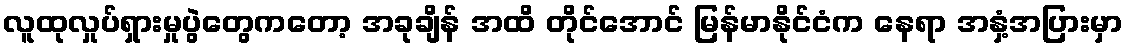
လူထုလှုပ်ရှားမှုပွဲတွေကတော့ အခုချိန် အထိ တိုင်အောင် မြန်မာနိုင်ငံက နေရာ အနှံ့အပြားမှာ